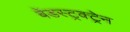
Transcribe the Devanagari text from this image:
बेंडस्ट्रक्ट्रेन